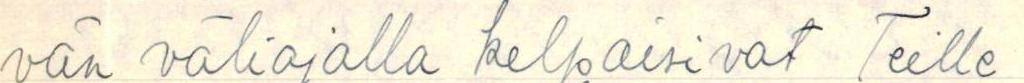
vän väliajalla kelpaisivat Teille